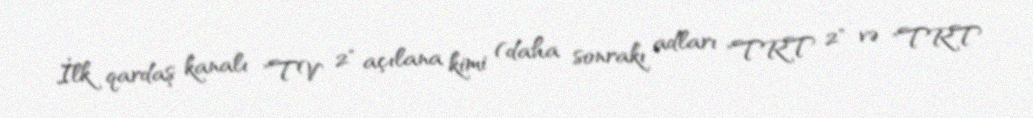
İlk qardaş kanalı "TV 2" açılana kimi (daha sonrakı adları "TRT 2" və "TRT